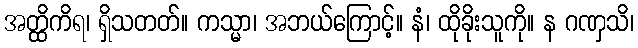
အတ္ထိကိရ၊ ရှိသတတ်။ ကသ္မာ၊ အဘယ်ကြောင့်။ နံ၊ ထိုခိုးသူကို။ န ဂဏှသိ၊